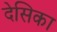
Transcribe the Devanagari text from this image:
देसिका